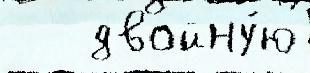
   двойну́ю